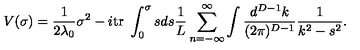
V ( \sigma ) = \frac { 1 } { 2 \lambda _ { 0 } } \sigma ^ { 2 } - i \mathrm { t r } \ \displaystyle \int _ { 0 } ^ { \sigma } s d s \frac { 1 } { L } \sum _ { n = - \infty } ^ { \infty } \int \frac { d ^ { D - 1 } k } { ( 2 \pi ) ^ { D - 1 } } \frac { 1 } { k ^ { 2 } - s ^ { 2 } } .